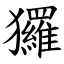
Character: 玀